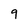
Character: 9